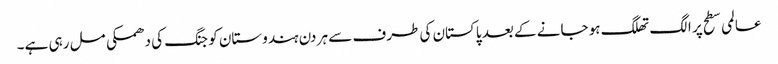
عالمی سطح پر الگ تھلگ ہو جانے کے بعد پاکستان کی طرف سے ہر دن ہندوستان کو جنگ کی دھمکی مل رہی ہے۔